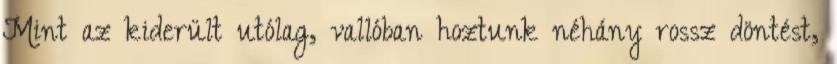
Mint az kiderült utólag, vallóban hoztunk néhány rossz döntést,